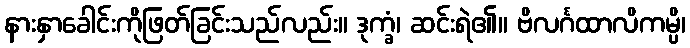
နားနှာခေါင်းကိုဖြတ်ခြင်းသည်လည်း။ ဒုက္ခံ၊ ဆင်းရဲ၏။ ဗိလင်္ဂထာလိကမ္ပိ၊